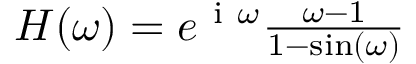
\begin{array} { r } { H ( \omega ) = e ^ { \mathrm { ~ i ~ } \omega } \frac { \omega - 1 } { 1 - \sin ( \omega ) } } \end{array}